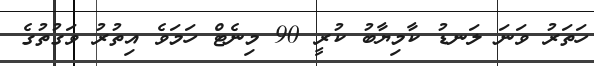
ހަތަރު ވަނަ ލަނޑު ކާމިޔާބު ކުރީ 90 މިނެޓް ހަމަވެ އިތުރު ވަގުތުގެ